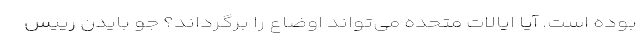
بوده است. آیا ایالات متحده می‌تواند اوضاع را برگرداند؟ جو بایدن رییس